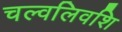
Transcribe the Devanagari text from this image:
चल्वलिवशि